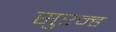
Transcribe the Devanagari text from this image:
सुरन्ह